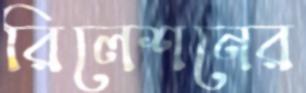
রিলেশনের